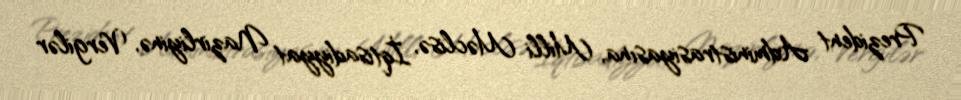
Prezident Administrasiyasına, Milli Məclisə, İqtisadiyyat Nazirliyinə, Vergilər